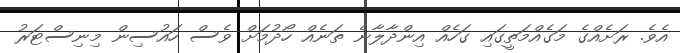
އެވެ. ރަށެއްގެ މަގެއްމަތީގައި ގަހެއް އިންދާލާނެ ތަނެއް ހޯދުމަށް ވެސް ހައުސިން މިނިސްޓަރު